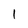
Character: 1